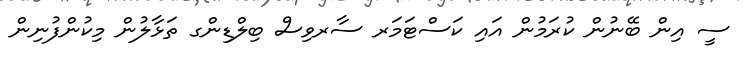
ސީ އިން ބޭނުން ކުރަމުން އައި ކަސްޓަމަރ ސާރވިސް ބިލްޑިންގ ތަޅާލުން މިކުންފުނިން